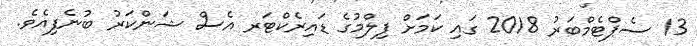
13 ސެޕްޓެމްބަރު 2018 ގައި ކަމަށް ފިލްމުގެ ޑައިރެކްޓަރ އެސް ޝަންކަރު ބުނެފިއެވެ.